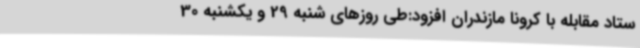
ستاد مقابله با کرونا مازندران افزود:طی روزهای شنبه 29 و یکشنبه 30